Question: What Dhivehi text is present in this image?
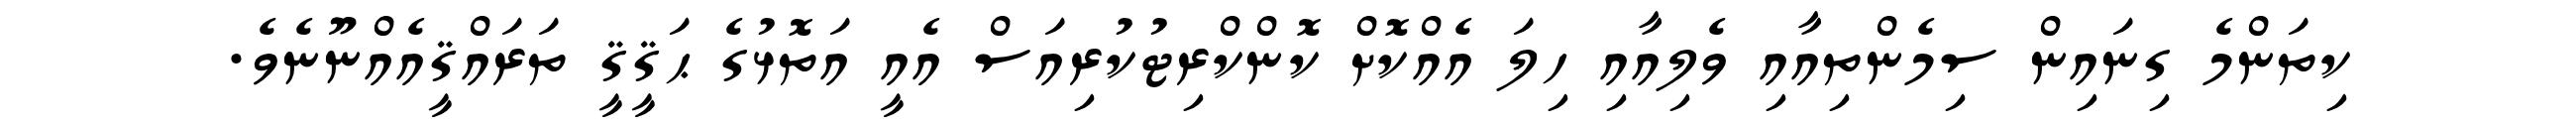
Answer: ކިތަންމެ ގިނައިން ސިމެންތިއާއި ވެލިއާއި ހިލަ އެއްކޮށް ކޮންކްރިޓުކުރިއަސް އެއީ އަތޮޅުގެ ޙަޤީޤީ ތަރައްޤީއެއްނޫނެވެ.